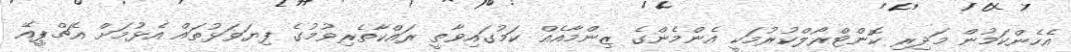
އެހެންކަމުން މަދިރި ކޮންޓްރޯލްކުރުމަކީ އެންމެންގެ ޒިންމާއެއް ކަމުގައިވާތީ ރައްކާތެރިވުމުގެ ފިޔަވަޅުތައް އެޅުމަށް އެޗްޕީއޭ